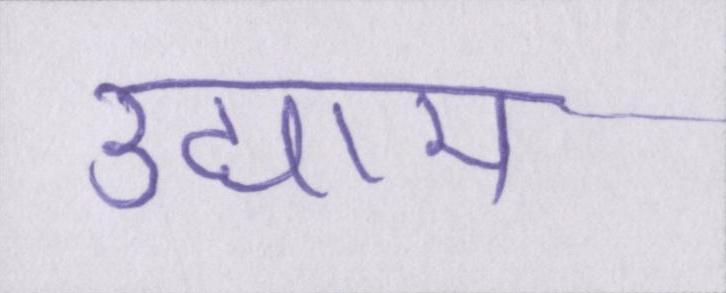
उद्याम